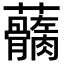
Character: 𧅢